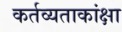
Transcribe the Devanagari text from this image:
कर्तव्यताकांक्षा